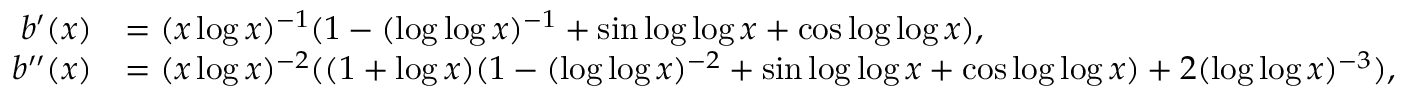
\begin{array} { r l } { b ^ { \prime } ( x ) } & { = ( x \log x ) ^ { - 1 } ( 1 - ( \log \log x ) ^ { - 1 } + \sin \log \log x + \cos \log \log x ) , } \\ { b ^ { \prime \prime } ( x ) } & { = ( x \log x ) ^ { - 2 } ( ( 1 + \log x ) ( 1 - ( \log \log x ) ^ { - 2 } + \sin \log \log x + \cos \log \log x ) + 2 ( \log \log x ) ^ { - 3 } ) , } \end{array}